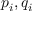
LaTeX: p _ { i } , q _ { i }